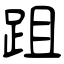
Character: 跙